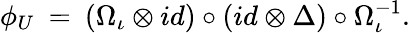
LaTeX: \phi_{U}\: =\: (\Omega_{\iota}\otimes id)\circ(id\otimes\Delta)\circ\Omega_{\iota}^{-1}.